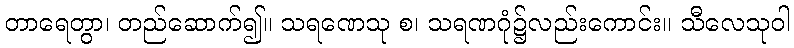
တာရေတွာ၊ တည်ဆောက်၍။ သရဏေသု စ၊ သရဏဂုံ၌လည်းကောင်း။ သီလေသုဝါ